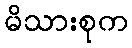
မိသားစုက